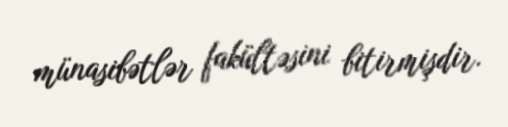
münasibətlər fakültəsini bitirmişdir.